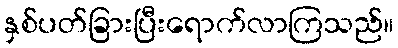
နှစ်ပတ်ခြားပြီးရောက်လာကြသည်။